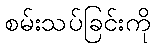
စမ်းသပ်ခြင်းကို